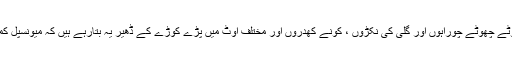
شہرکے اکثرگلی کوچوں سے صفائی کے حوالے سے شکایات میں مسلسل اضافہ ’ چھوٹے چھوٹے چوراہوں اور گلی کی نکڑوں ، کونے کھدروں اور مختلف اوٹ میں پڑے کوڑے کے ڈھیر یہ بتارہے ہیں کہ میونسپل کمیٹی سمیت تمام انتظامیہ اس حوالے سے حددرجہ غفلت اور نااہلی کاثبوت دے رہی ہے۔